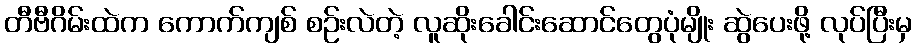
တီဗီဂိမ်းထဲက ကောက်ကျစ် စဉ်းလဲတဲ့ လူဆိုးခေါင်းဆောင်တွေပုံမျိုး ဆွဲပေးဖို့ လုပ်ပြီးမှ